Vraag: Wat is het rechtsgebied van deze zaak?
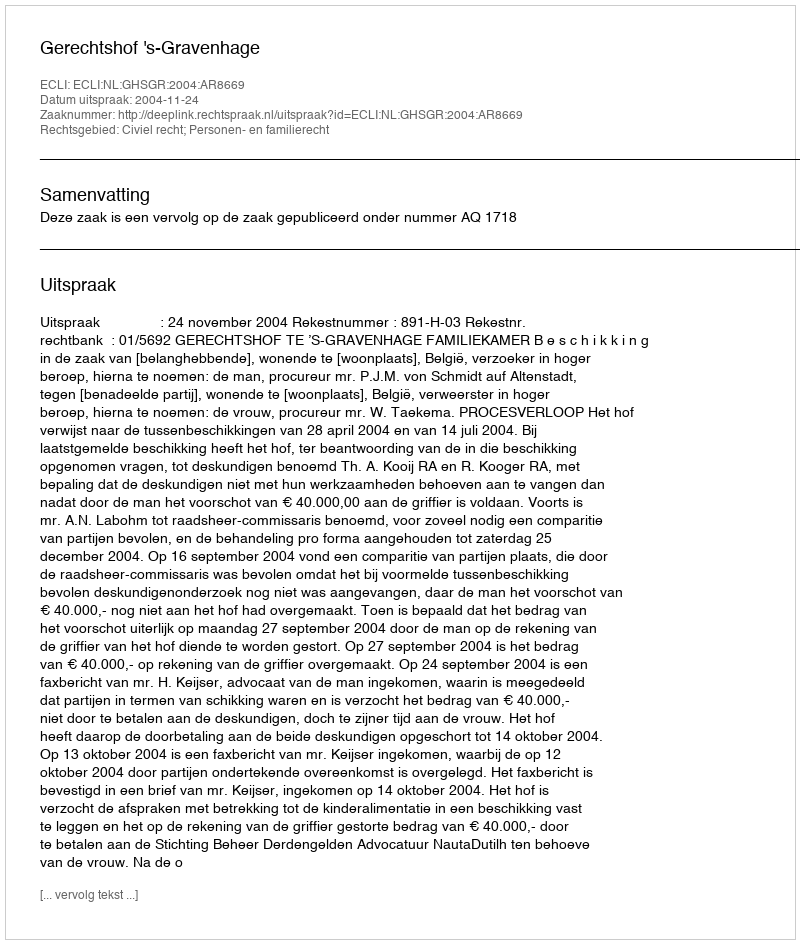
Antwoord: Civiel recht; Personen- en familierecht